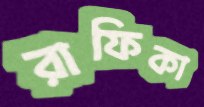
রাফিকা